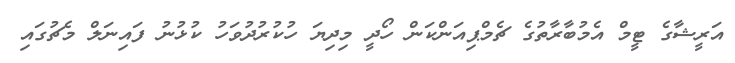
އަރީޝާގެ ޓީމް އެމުބާރާތުގެ ޗެމްޕިއަންކަން ހޯދީ މިދިޔަ ހުކުރުދުވަހު ކުޅުނު ފައިނަލް މެޗުގައި